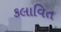
કલાવિત